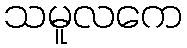
သမူလကေ